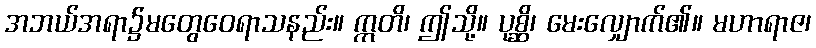
အဘယ်အရာ၌မတွေဝေရာသနည်း။ ဣတိ၊ ဤသို့။ ပုစ္ဆိ၊ မေးလျှောက်၏။ မဟာရာဇ၊